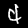
Label: 4